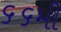
૬૬મી